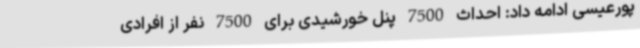
پورعیسی ادامه داد: احداث 7500 پنل خورشیدی برای 7500 نفر از افرادی